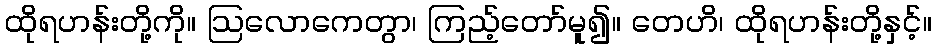
ထိုရဟန်းတို့ကို။ ဩလောကေတွာ၊ ကြည့်တော်မူ၍။ တေဟိ၊ ထိုရဟန်းတို့နှင့်။